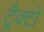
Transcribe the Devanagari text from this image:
ट्रैक्टों